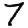
Digit: 7